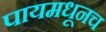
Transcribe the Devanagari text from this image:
पायमधूनच